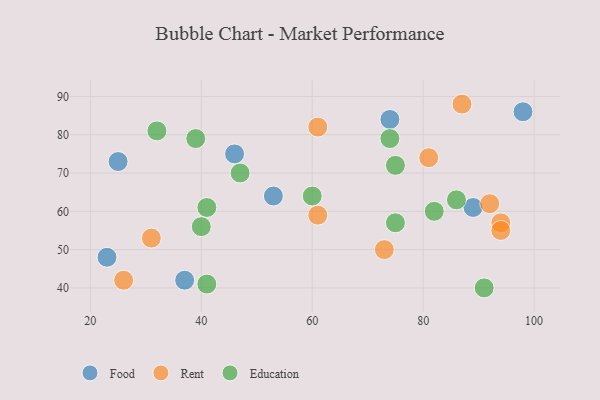
{"axis": {"x": "GDP", "y": "Life Expectancy"}, "legend": ["Education", "Food", "Rent"], "data": [{"x": "53", "y": 64, "type": "Food"}, {"x": "23", "y": 48, "type": "Food"}, {"x": "25", "y": 73, "type": "Food"}, {"x": "98", "y": 86, "type": "Food"}, {"x": "74", "y": 84, "type": "Food"}, {"x": "89", "y": 61, "type": "Food"}, {"x": "46", "y": 75, "type": "Food"}, {"x": "37", "y": 42, "type": "Food"}, {"x": "31", "y": 53, "type": "Rent"}, {"x": "73", "y": 50, "type": "Rent"}, {"x": "26", "y": 42, "type": "Rent"}, {"x": "61", "y": 59, "type": "Rent"}, {"x": "81", "y": 74, "type": "Rent"}, {"x": "92", "y": 62, "type": "Rent"}, {"x": "87", "y": 88, "type": "Rent"}, {"x": "94", "y": 57, "type": "Rent"}, {"x": "61", "y": 82, "type": "Rent"}, {"x": "94", "y": 55, "type": "Rent"}, {"x": "75", "y": 72, "type": "Education"}, {"x": "41", "y": 41, "type": "Education"}, {"x": "86", "y": 63, "type": "Education"}, {"x": "75", "y": 57, "type": "Education"}, {"x": "91", "y": 40, "type": "Education"}, {"x": "47", "y": 70, "type": "Education"}, {"x": "32", "y": 81, "type": "Education"}, {"x": "41", "y": 61, "type": "Education"}, {"x": "60", "y": 64, "type": "Education"}, {"x": "40", "y": 56, "type": "Education"}, {"x": "82", "y": 60, "type": "Education"}, {"x": "74", "y": 79, "type": "Education"}, {"x": "39", "y": 79, "type": "Education"}]}